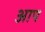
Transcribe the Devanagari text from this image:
अाप